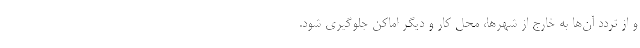
و از تردد آن‌ها به خارج از شهرها، محل کار و دیگر اماکن جلوگیری شود.